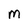
Character: M